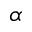
\alpha